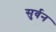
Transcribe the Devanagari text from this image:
सुर्वन